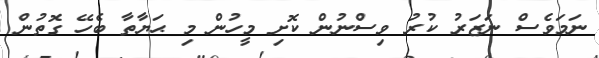
ނަމަވެސް ނަޒަރު ކުރު ވިސްނުން ކޮށި މީހުން މި ޙަޔާތާ ބެހޭ ގޮތުން